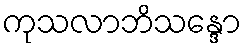
ကုသလာဘိသန္ဒော